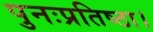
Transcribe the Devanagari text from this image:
पुनःप्रतिष्ठा।